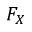
F _ { X }